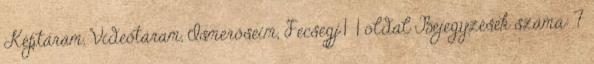
Képtáram, Videótáram, Ismerőseim, Fecsegj 1 1 oldal Bejegyzések száma: 7